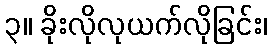
၃။ ခိုးလိုလုယက်လိုခြင်း၊